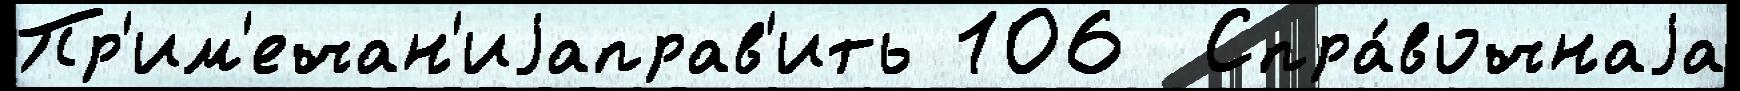
Пр'им'ечан'иjаправ'ить 106  Спра́вочнаjа